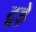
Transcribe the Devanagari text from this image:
टूड़े